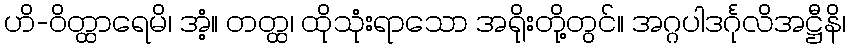
ဟိ-ဝိတ္ထာရေမိ၊ အံ့။ တတ္ထ၊ ထိုသုံးရာသော အရိုးတို့တွင်။ အဂ္ဂပါဒင်္ဂုလိအဋ္ဌီနိ၊